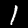
Label: 1